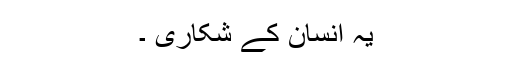
یہ انسان کے شکاری ۔